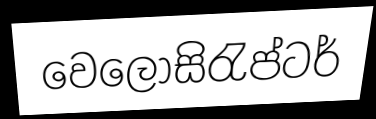
වෙලෝසිරැප්ටර්